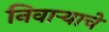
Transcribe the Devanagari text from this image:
निवाऱ्याचे